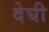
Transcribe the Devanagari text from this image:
देघी